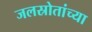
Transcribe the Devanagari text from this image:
जलस्रोतांच्या